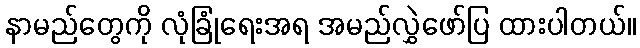
နာမည်တွေကို လုံခြုံရေးအရ အမည်လွှဲဖော်ပြ ထားပါတယ်။